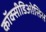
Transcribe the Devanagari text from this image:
कॉक्सीडिओसिस